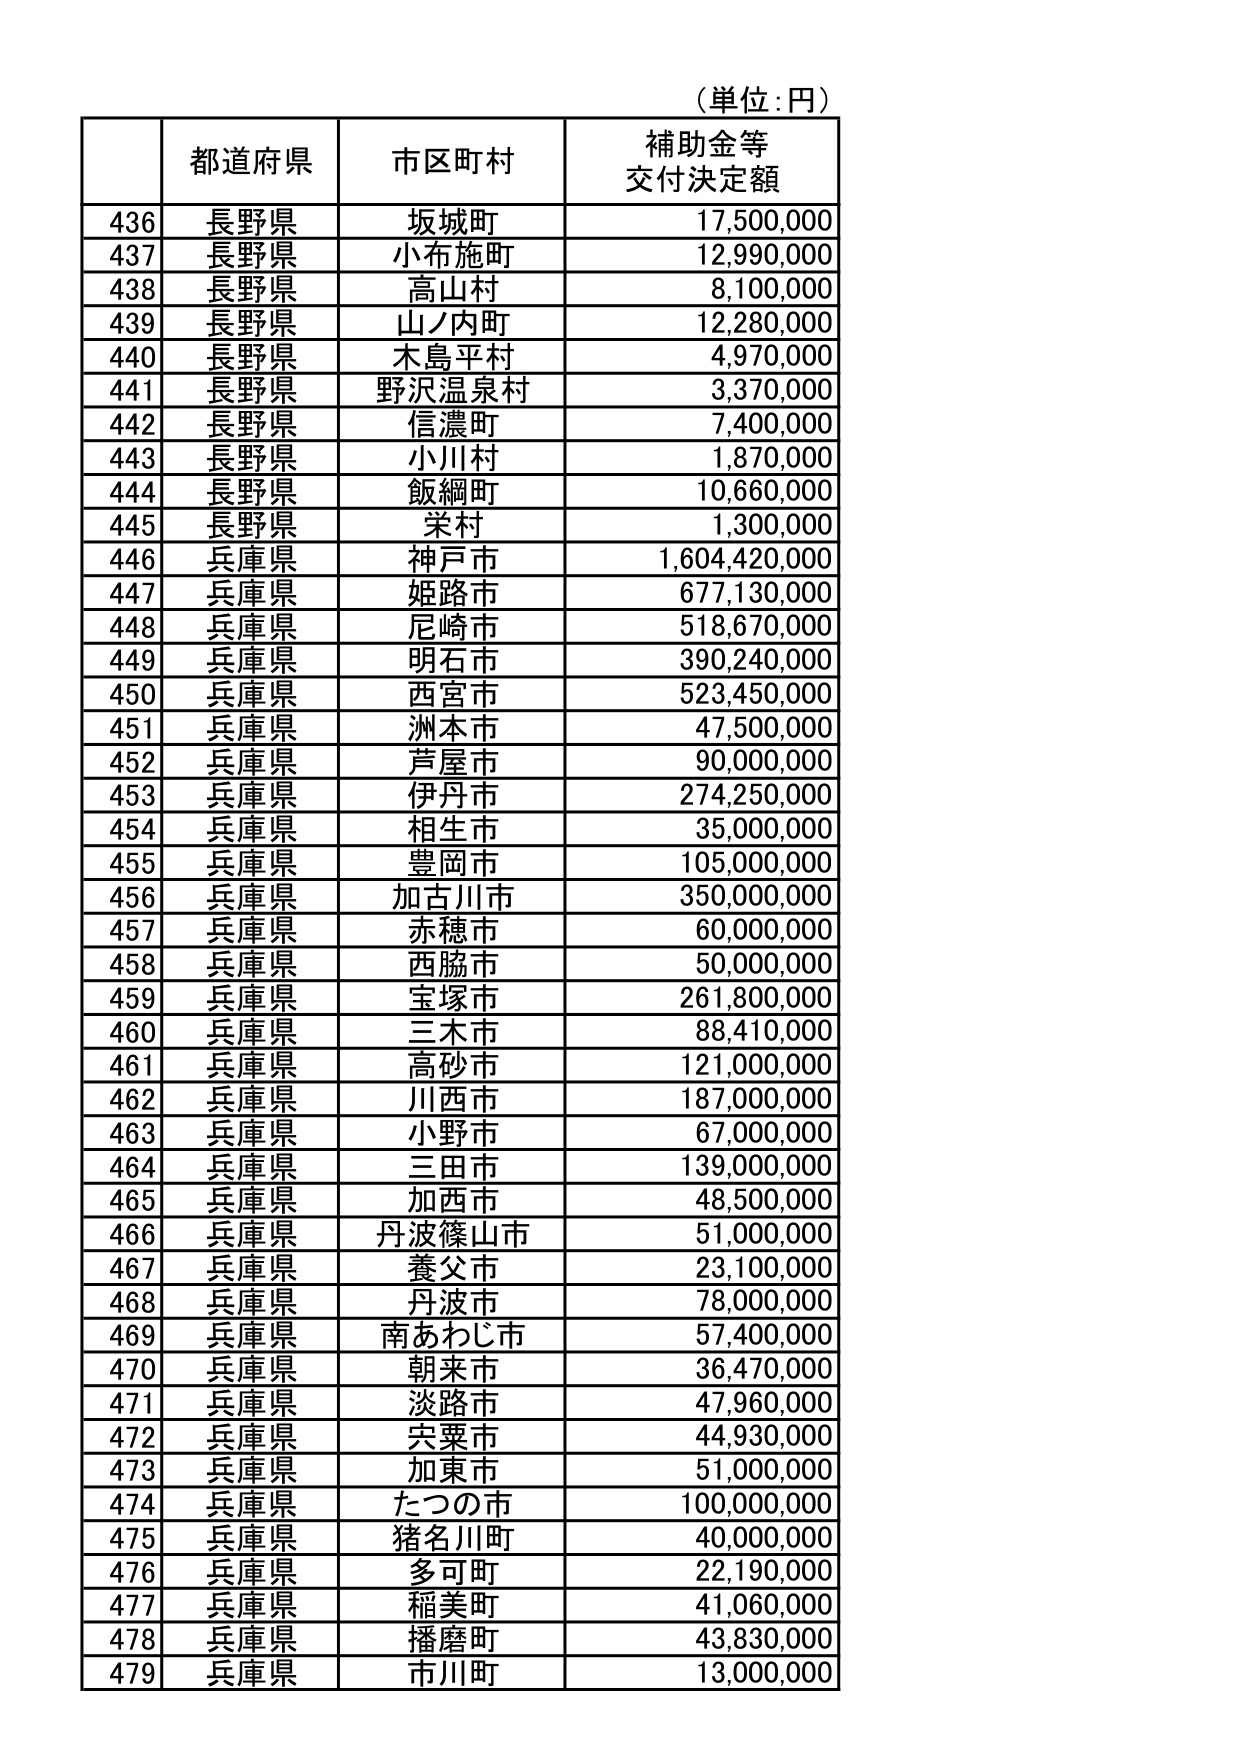
（単位：円）

| | 都道府県 | 市区町村 | 補助金等 交付決定額 |
|---|---|---|---|
| 436 | 長野県 | 坂城町 | 17,500,000 |
| 437 | 長野県 | 小布施町 | 12,990,000 |
| 438 | 長野県 | 高山村 | 8,100,000 |
| 439 | 長野県 | 山ノ内町 | 12,280,000 |
| 440 | 長野県 | 木島平村 | 4,970,000 |
| 441 | 長野県 | 野沢温泉村 | 3,370,000 |
| 442 | 長野県 | 信濃町 | 7,400,000 |
| 443 | 長野県 | 小川村 | 1,870,000 |
| 444 | 長野県 | 飯綱町 | 10,660,000 |
| 445 | 長野県 | 栄村 | 1,300,000 |
| 446 | 兵庫県 | 神戸市 | 1,604,420,000 |
| 447 | 兵庫県 | 姫路市 | 677,130,000 |
| 448 | 兵庫県 | 尼崎市 | 518,670,000 |
| 449 | 兵庫県 | 明石市 | 390,240,000 |
| 450 | 兵庫県 | 西宮市 | 523,450,000 |
| 451 | 兵庫県 | 洲本市 | 47,500,000 |
| 452 | 兵庫県 | 芦屋市 | 90,000,000 |
| 453 | 兵庫県 | 伊丹市 | 274,250,000 |
| 454 | 兵庫県 | 相生市 | 35,000,000 |
| 455 | 兵庫県 | 豊岡市 | 105,000,000 |
| 456 | 兵庫県 | 加古川市 | 350,000,000 |
| 457 | 兵庫県 | 赤穂市 | 60,000,000 |
| 458 | 兵庫県 | 西脇市 | 50,000,000 |
| 459 | 兵庫県 | 宝塚市 | 261,800,000 |
| 460 | 兵庫県 | 三木市 | 88,410,000 |
| 461 | 兵庫県 | 高砂市 | 121,000,000 |
| 462 | 兵庫県 | 川西市 | 187,000,000 |
| 463 | 兵庫県 | 小野市 | 67,000,000 |
| 464 | 兵庫県 | 三田市 | 139,000,000 |
| 465 | 兵庫県 | 加西市 | 48,500,000 |
| 466 | 兵庫県 | 丹波篠山市 | 51,000,000 |
| 467 | 兵庫県 | 養父市 | 23,100,000 |
| 468 | 兵庫県 | 丹波市 | 78,000,000 |
| 469 | 兵庫県 | 南あわじ市 | 57,400,000 |
| 470 | 兵庫県 | 朝来市 | 36,470,000 |
| 471 | 兵庫県 | 淡路市 | 47,960,000 |
| 472 | 兵庫県 | 宍粟市 | 44,930,000 |
| 473 | 兵庫県 | 加東市 | 51,000,000 |
| 474 | 兵庫県 | たつの市 | 100,000,000 |
| 475 | 兵庫県 | 猪名川町 | 40,000,000 |
| 476 | 兵庫県 | 多可町 | 22,190,000 |
| 477 | 兵庫県 | 稲美町 | 41,060,000 |
| 478 | 兵庫県 | 播磨町 | 43,830,000 |
| 479 | 兵庫県 | 市川町 | 13,000,000 |